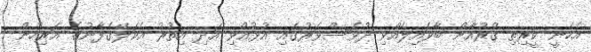
އެހެނީ ކީރިތި ޤުރުއާން ބާވައިލެއްވި ދުވަސްވަރުގައި އުޅުއްވި އަދި އިތުރު އެކަލޭގެފާނުގެ އަރިހުން